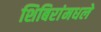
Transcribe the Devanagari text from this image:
शिबिरांमधले